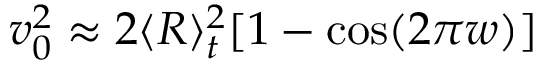
v _ { 0 } ^ { 2 } \approx 2 \langle R \rangle _ { t } ^ { 2 } [ 1 - \cos ( 2 \pi w ) ]